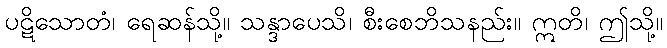
ပဋိသောတံ၊ ရေဆန်သို့။ သန္ဒာပေသိ၊ စီးစေဘိသနည်း။ ဣတိ၊ ဤသို့။